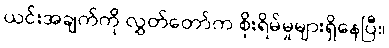
ယင်းအချက်ကို လွှတ်တော်က စိုးရိမ်မှုများရှိနေပြီ။